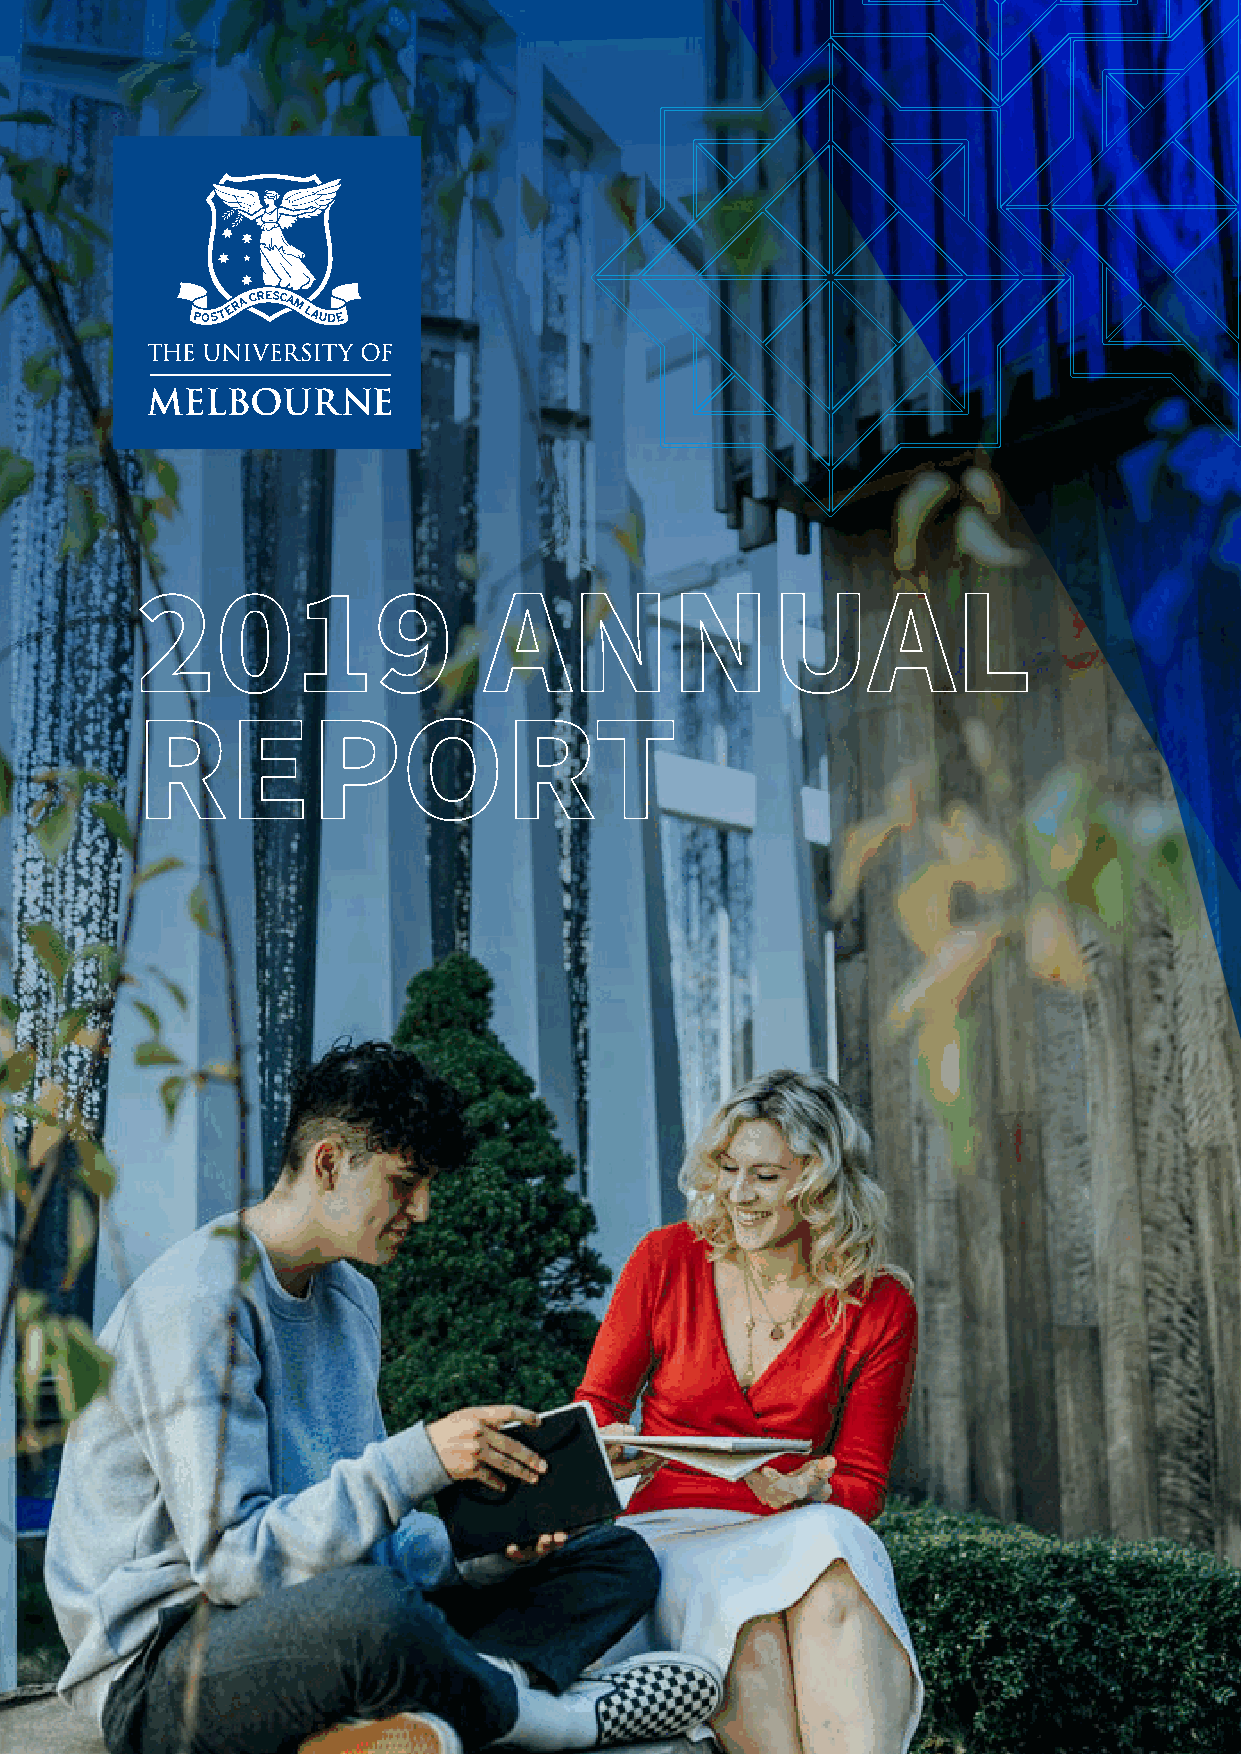
2019                   ANNUAL
 REPORT
 Part One: Overview 1
 The
 University
 of
 Melbourne
 Annual
 Report
 2019